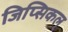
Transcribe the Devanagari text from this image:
जिप्सिकल्